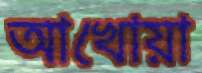
আখোয়া